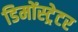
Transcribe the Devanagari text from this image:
डिमोंस्ट्रेटर